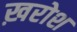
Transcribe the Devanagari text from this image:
ख़रोश